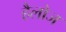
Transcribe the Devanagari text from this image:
हैलोज